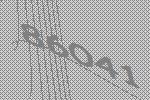
86041